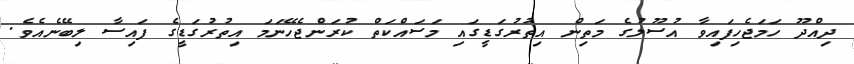
ދިއްދޫ ހަމަޖެހިފައިވާ އުސޫލުގެ މަތިން އިތުރުގަޑީގައި މަސައްކަތް ކުރަންޖެހޭނަމަ އިތުރުގަޑީގެ ފައިސާ ލިބޭނެއެވެ.